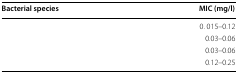
<table><thead><tr><td><b>Bacterial species</b></td><td><b>MIC (mg/l)</b></td></tr></thead><tbody><tr><td>[EMPTY_CELL]</td><td>0. 015–0.12</td></tr><tr><td>[EMPTY_CELL]</td><td>0.03–0.06</td></tr><tr><td>[EMPTY_CELL]</td><td>0.03–0.06</td></tr><tr><td>[EMPTY_CELL]</td><td>0.12–0.25</td></tr></tbody></table>